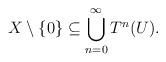
LaTeX: \begin{align*} X\setminus \{0\}\subseteq \bigcup_{n=0}^\infty T^n(U).\end{align*}